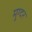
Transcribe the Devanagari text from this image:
मुग्दर